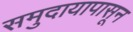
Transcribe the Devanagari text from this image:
समुदायापासून